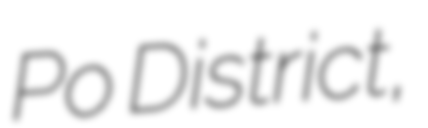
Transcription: Po District,